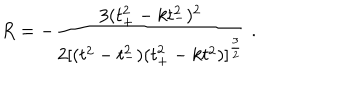
LaTeX: R = - \frac { 3 ( t _ { + } ^ { 2 } - k t _ { - } ^ { 2 } ) ^ { 2 } } { 2 [ ( t ^ { 2 } - t _ { - } ^ { 2 } ) ( t _ { + } ^ { 2 } - k t ^ { 2 } ) ] ^ { \frac { 3 } { 2 } } } \ .